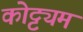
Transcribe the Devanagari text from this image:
कोट्ट्यम